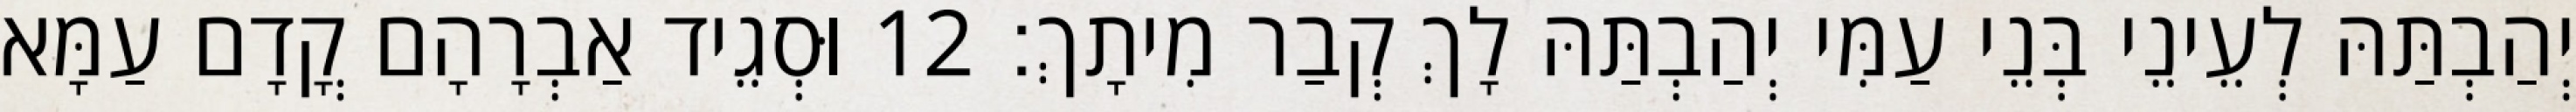
יְהַבְתַּהּ לְעֵינֵי בְּנֵי עַמִּי יְהַבְתַּהּ לָךְ קְבַר מִיתָךְ׃ 12 וּסְגֵיד אַבְרָהָם קֳדָם עַמָּא